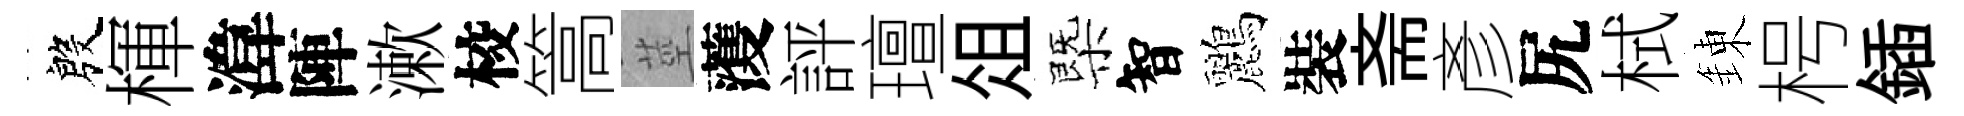
殷楎湋陣漱校篙莖𮑮評璮俎㮣智鸝裝斋彥尻栻錬枵鍤